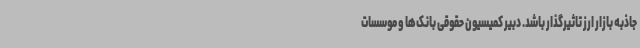
جاذبه بازار ارز تاثیرگذار باشد. دبیر کمیسیون حقوقی بانک‌ها و موسسات